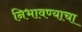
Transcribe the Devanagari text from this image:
निभावण्याचा